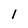
Character: I